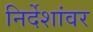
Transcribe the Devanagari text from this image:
निर्देशांवर